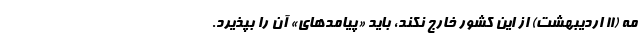
مه (۱۱ اردیبهشت) از این کشور خارج نکند، باید «پیامدهای» آن را بپذیرد.